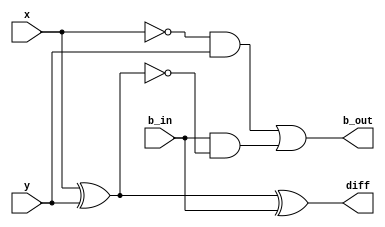
module full_subtractor
(
	x,
	y,
	b_in,
	diff,
	b_out
);

	input x;
	input y;
	input b_in;
	output diff;
	output b_out;

	assign diff = x ^ y ^ b_in;
	assign b_out = (~x & y) | (b_in & ~(x ^ y));

endmodule